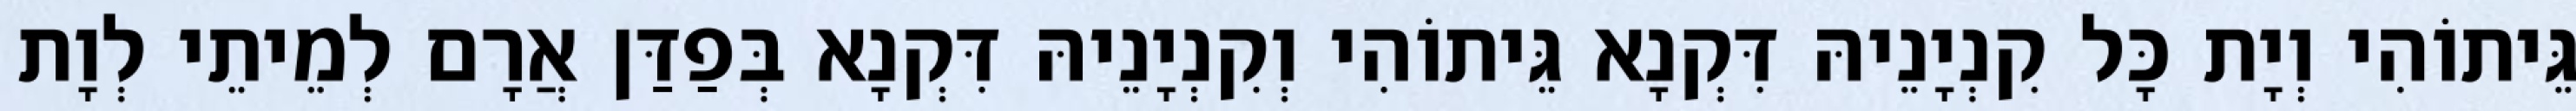
גֵּיתוֹהִי וְיָת כָּל קִנְיָנֵיהּ דִּקְנָא גֵּיתוֹהִי וְקִנְיָנֵיהּ דִּקְנָא בְּפַדַּן אֲרָם לְמֵיתֵי לְוָת